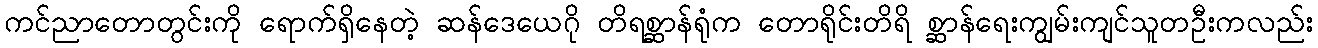
ကင်ညာတောတွင်းကို ရောက်ရှိနေတဲ့ ဆန်ဒေယေဂို တိရစ္ဆာန်ရုံက တောရိုင်းတိရိ စ္ဆာန်ရေးကျွမ်းကျင်သူတဦးကလည်း